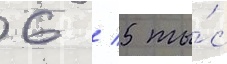
6 / 5 ты́с